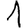
Digit: 1